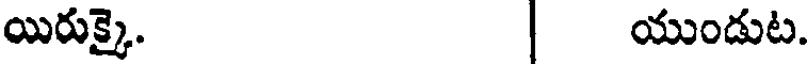
యిరుక్కై. | యుండుట.